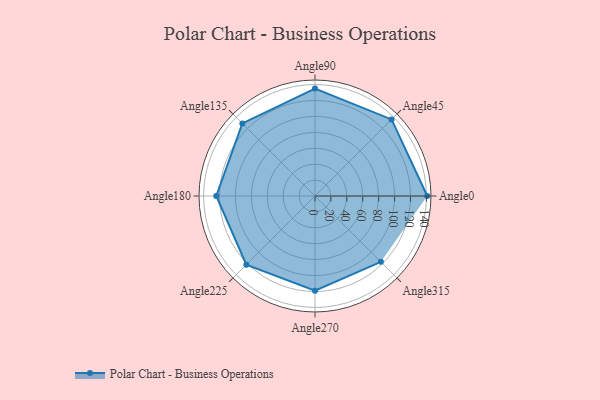
{"axis": {"x": "Angle", "y": "Radius"}, "legend": [""], "data": [{"x": "Angle0", "y": 141.0, "type": ""}, {"x": "Angle45", "y": 136.0, "type": ""}, {"x": "Angle90", "y": 135.0, "type": ""}, {"x": "Angle135", "y": 129.0, "type": ""}, {"x": "Angle180", "y": 124.0, "type": ""}, {"x": "Angle225", "y": 122.0, "type": ""}, {"x": "Angle270", "y": 119.0, "type": ""}, {"x": "Angle315", "y": 117.0, "type": ""}]}